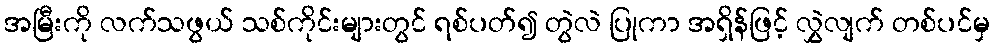
အမြီးကို လက်သဖွယ် သစ်ကိုင်းများတွင် ရစ်ပတ်၍ တွဲလဲ ပြုကာ အရှိန်ဖြင့် လွှဲလျက် တစ်ပင်မှ